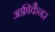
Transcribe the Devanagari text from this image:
अफ़्रीकैनर